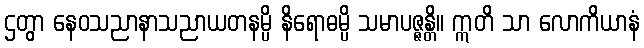
ဌတွာ နေဝသညာနာသညာယတနမ္ပိ နိရောဓမ္ပိ သမာပဇ္ဇန္တိ။ ဣတိ သာ လောကိယာနံ